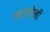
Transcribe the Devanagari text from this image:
लाउलेनी